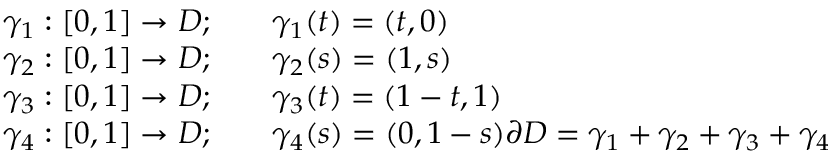
\begin{array} { r l } { \gamma _ { 1 } : [ 0 , 1 ] \to D ; \quad } & { { } \gamma _ { 1 } ( t ) = ( t , 0 ) } \\ { \gamma _ { 2 } : [ 0 , 1 ] \to D ; \quad } & { { } \gamma _ { 2 } ( s ) = ( 1 , s ) } \\ { \gamma _ { 3 } : [ 0 , 1 ] \to D ; \quad } & { { } \gamma _ { 3 } ( t ) = ( 1 - t , 1 ) } \\ { \gamma _ { 4 } : [ 0 , 1 ] \to D ; \quad } & { { } \gamma _ { 4 } ( s ) = ( 0 , 1 - s ) \partial D = \gamma _ { 1 } + \gamma _ { 2 } + \gamma _ { 3 } + \gamma _ { 4 } } \end{array}